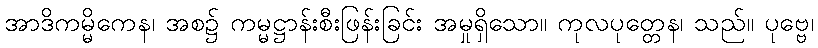
အာဒိကမ္မိကေန၊ အစ၌ ကမ္မဋ္ဌာန်းစီးဖြန်းခြင်း အမှုရှိသော။ ကုလပုတ္တေန၊ သည်။ ပုဗ္ဗေ၊